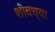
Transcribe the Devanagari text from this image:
शीवच्या